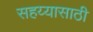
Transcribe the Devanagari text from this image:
सहय्यासाठी